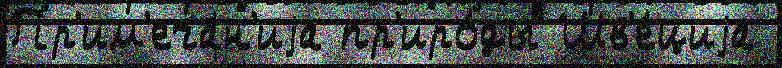
Пр'им'еча́н'иjа пр'иро́ды Шв'е́циjа